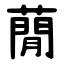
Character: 蕑